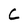
Character: C